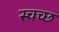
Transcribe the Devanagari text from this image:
स्चच्छ